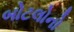
બોટલોનો